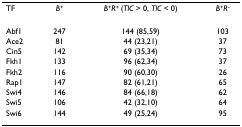
<table><thead><tr><td><b>TF</b></td><td><b><i>B</i><sup>+</sup></b></td><td><b><i>B</i><sup>+</sup><i>R</i><sup>+ </sup>(<i>TlC </i>&gt; 0, <i>TlC </i>&lt; 0)</b></td><td><b><i>B</i><sup>+</sup><i>R</i><sup>-</sup></b></td></tr></thead><tbody><tr><td>Abf1</td><td>247</td><td>144 (85,59)</td><td>103</td></tr><tr><td>Ace2</td><td>81</td><td>44 (23,21)</td><td>37</td></tr><tr><td>Cin5</td><td>142</td><td>69 (35,34)</td><td>73</td></tr><tr><td>Fkh1</td><td>133</td><td>96 (62,34)</td><td>37</td></tr><tr><td>Fkh2</td><td>116</td><td>90 (60,30)</td><td>26</td></tr><tr><td>Rap1</td><td>147</td><td>82 (61,21)</td><td>65</td></tr><tr><td>Swi4</td><td>146</td><td>84 (66,18)</td><td>62</td></tr><tr><td>Swi5</td><td>106</td><td>42 (32,10)</td><td>64</td></tr><tr><td>Swi6</td><td>144</td><td>49 (25,24)</td><td>95</td></tr></tbody></table>